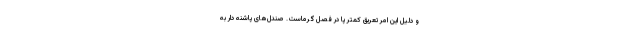
و دلیل این امر تعریق کمتر پا در فصل گرماست. صندل‌های پاشنه دار به